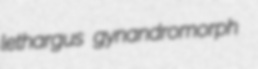
lethargus gynandromorph